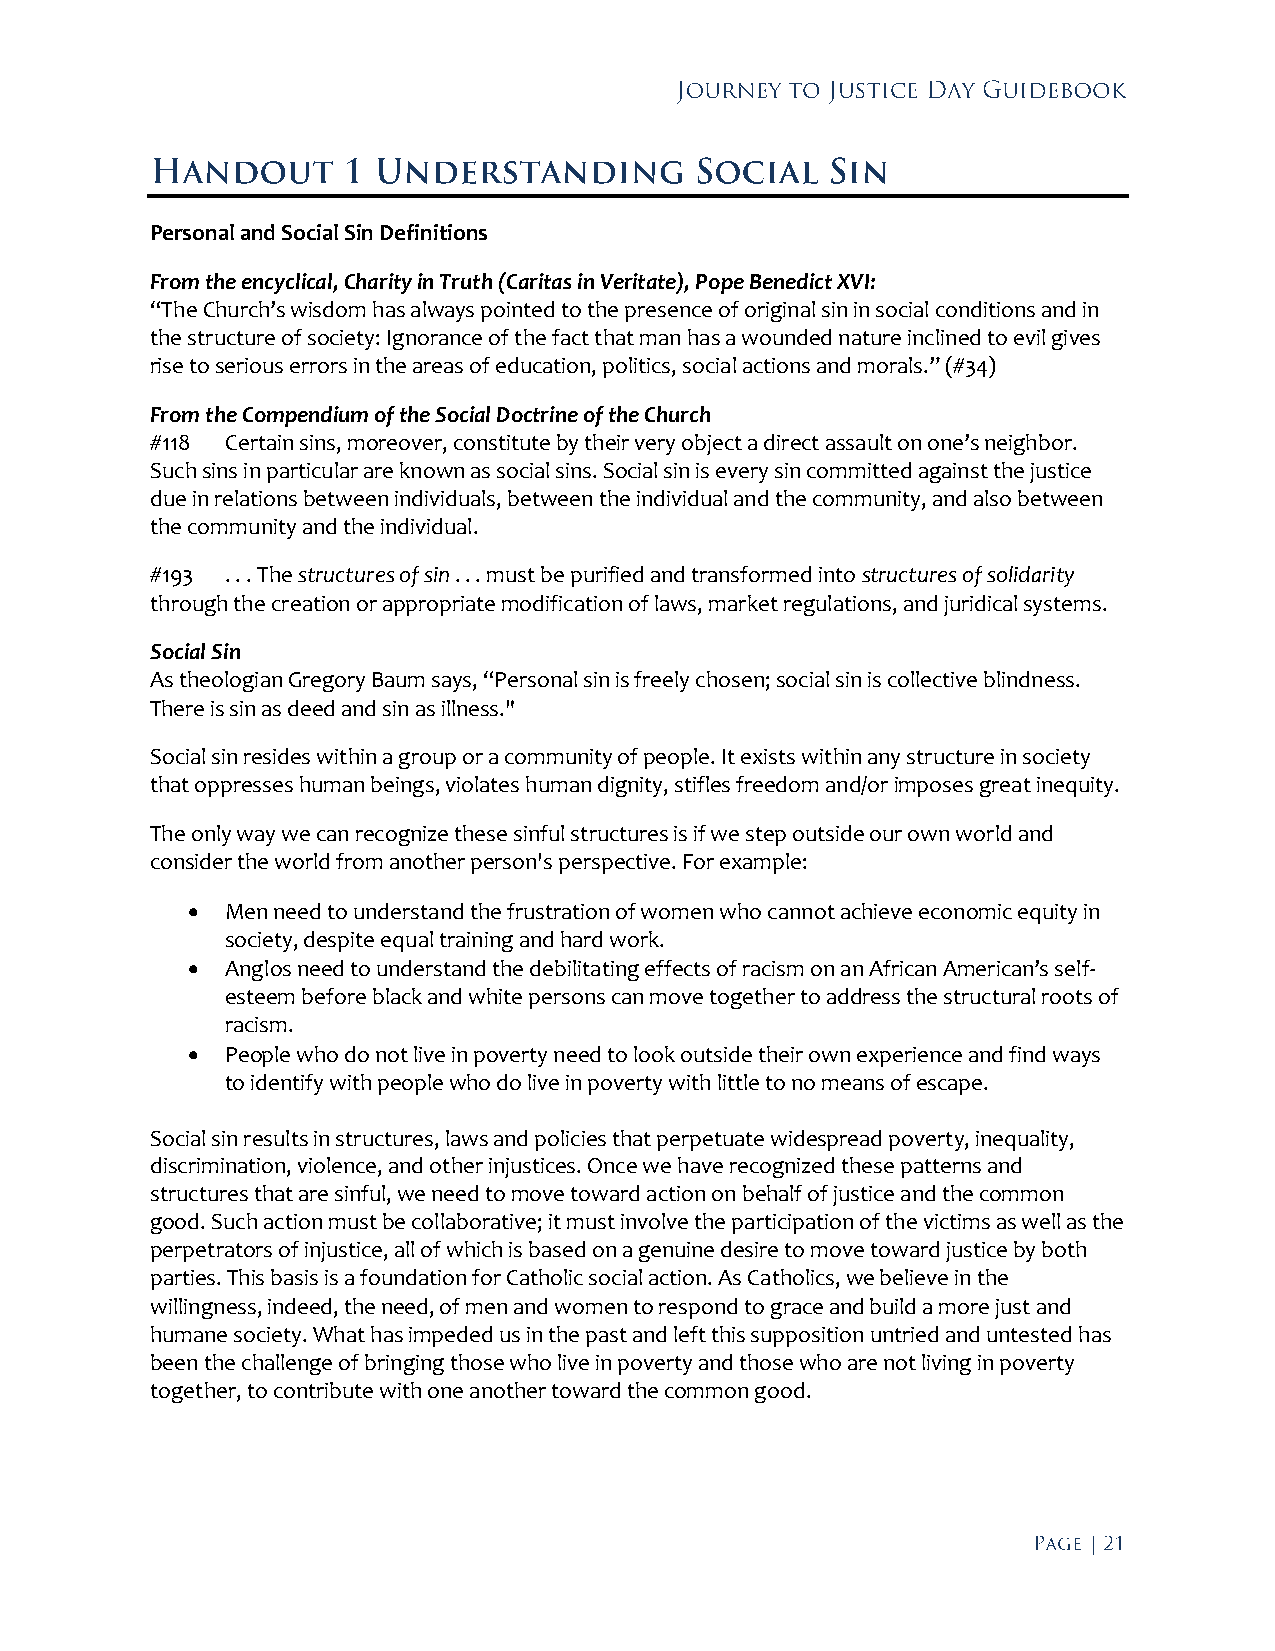
Personal and Social Sin Definitions
 From the encyclical, Charity in Truth (Caritas in Veritate), Pope Benedict XVI:
 “The Church’s wisdom has always pointed to the presence of original sin in social conditions and in
 the structure of society: Ignorance of the fact that man has a wounded nature inclined to evil gives
 rise to serious errors in the areas of education, politics, social actions and morals.” (#34)
 From the Compendium of the Social Doctrine of the Church
 #118 Certain sins, moreover, constitute by their very object a direct assault on one’s neighbor.
 Such sins in particular are known as social sins. Social sin is every sin committed against the justice
 due in relations between individuals, between the individual and the community, and also between
 the community and the individual.
 #193 . . . The structures of sin . . . must be purified and transformed into structures of solidarity
 through the creation or appropriate modification of laws, market regulations, and juridical systems.
 Social Sin
 As theologian Gregory Baum says, “Personal sin is freely chosen; social sin is collective blindness.
 There is sin as deed and sin as illness."
 Social sin resides within a group or a community of people. It exists within any structure in society
 that oppresses human beings, violates human dignity, stifles freedom and/or imposes great inequity.
 The only way we can recognize these sinful structures is if we step outside our own world and
 consider the world from another person's perspective. For example:
   Men need to understand the frustration of women who cannot achieve economic equity in
 society, despite equal training and hard work.
   Anglos need to understand the debilitating effects of racism on an African American’s self-
 esteem before black and white persons can move together to address the structural roots of
 racism.
   People who do not live in poverty need to look outside their own experience and find ways
 to identify with people who do live in poverty with little to no means of escape.
 Social sin results in structures, laws and policies that perpetuate widespread poverty, inequality,
 discrimination, violence, and other injustices. Once we have recognized these patterns and
 structures that are sinful, we need to move toward action on behalf of justice and the common
 good. Such action must be collaborative; it must involve the participation of the victims as well as the
 perpetrators of injustice, all of which is based on a genuine desire to move toward justice by both
 parties. This basis is a foundation for Catholic social action. As Catholics, we believe in the
 willingness, indeed, the need, of men and women to respond to grace and build a more just and
 humane society. What has impeded us in the past and left this supposition untried and untested has
 been the challenge of bringing those who live in poverty and those who are not living in poverty
 together, to contribute with one another toward the common good.